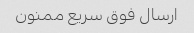
ارسال فوق سریع ممنون